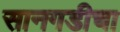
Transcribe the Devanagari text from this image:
सानगडीचा